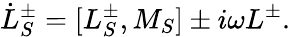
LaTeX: \dot{L}_{S}^{\pm}=[L_{S}^{\pm},M_{S}]\pm i\omega L^{\pm}.